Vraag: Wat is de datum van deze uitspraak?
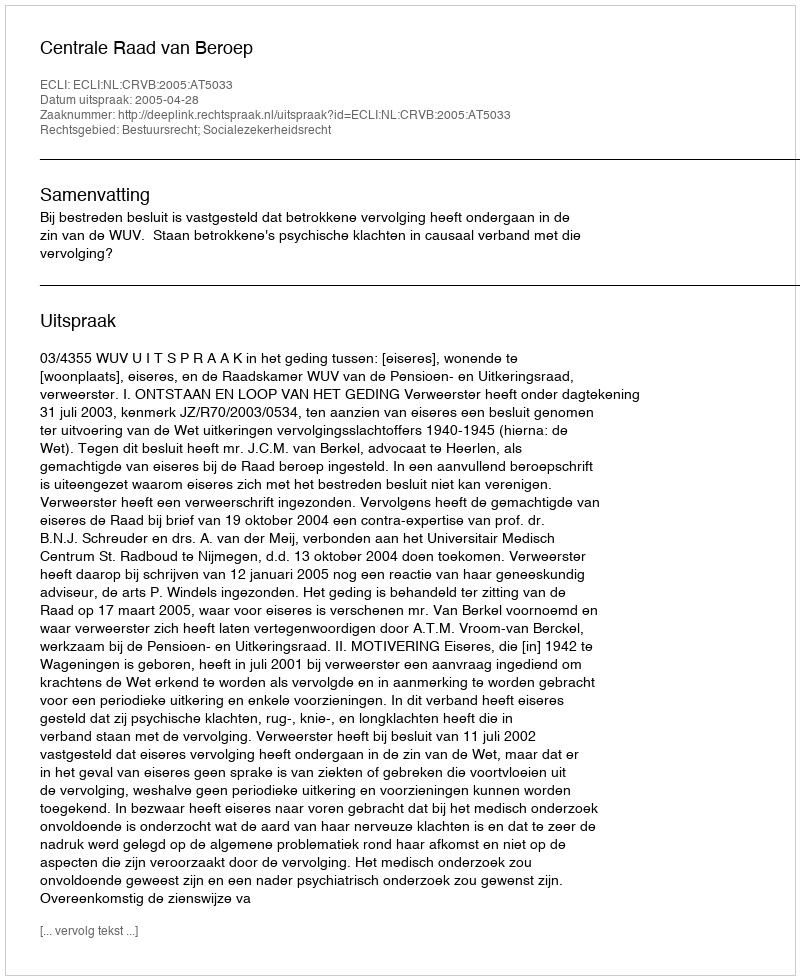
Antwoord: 2005-04-28